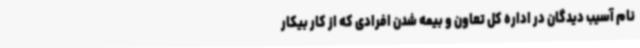
نام آسیب دیدگان در اداره کل تعاون و بیمه شدن افرادی که از کار بیکار